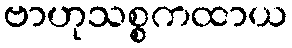
ဗာဟုသစ္စကထာယ